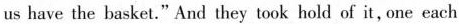
us have the basket."And they took hold of it, one each